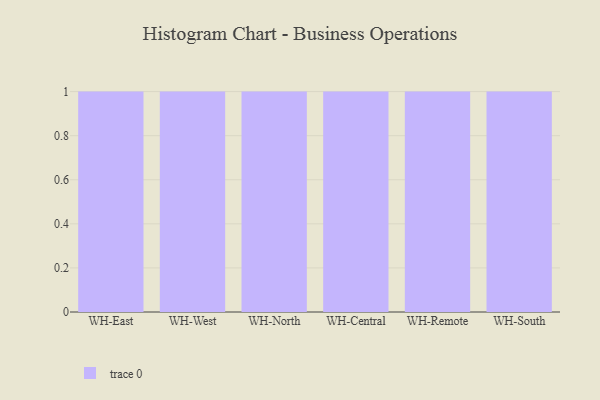
{"axis": {"x": "Warehouse", "y": "Humidity (%)"}, "legend": [""], "data": [{"x": "WH-East", "y": 23, "type": ""}, {"x": "WH-West", "y": 9, "type": ""}, {"x": "WH-North", "y": 39, "type": ""}, {"x": "WH-Central", "y": 89, "type": ""}, {"x": "WH-Remote", "y": 71, "type": ""}, {"x": "WH-South", "y": 28, "type": ""}]}